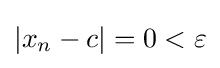
|x_{n}-c|=0<\varepsilon